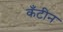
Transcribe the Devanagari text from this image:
कँटीन